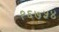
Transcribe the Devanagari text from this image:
१६७५४